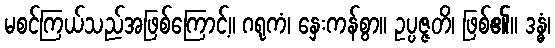
မစင်ကြယ်သည်အဖြစ်ကြောင့်။ ဂရုကံ၊ နှေးကန်စွာ။ ဥပ္ပဇ္ဇတိ၊ ဖြစ်၏။ ဒန္ဓံ၊